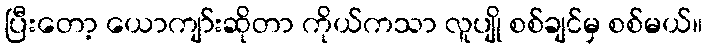
ပြီးတော့ ယောကျာ်းဆိုတာ ကိုယ်ကသာ လူပျို စစ်ချင်မှ စစ်မယ်။